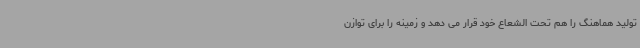
تولید هماهنگ را هم تحت الشعاع خود قرار می دهد و زمینه را برای توازن